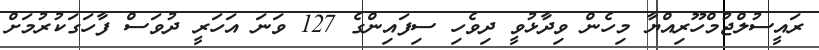
ރައީސުލްޖުމްހޫރިއްޔާ މިހެން ވިދާޅުވީ ދިވެހި ސިފައިންގެ 127 ވަނަ އަހަރީ ދުވަސް ފާހަގަކުރުމަށް